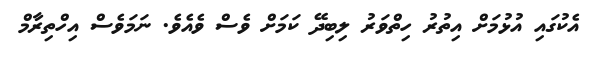
އެކުގައި އުޅުމަށް އިތުރު ހިތްވަރު ލިބިދޭ ކަމަށް ވެސް ވެއެވެ. ނަމަވެސް އިހްތިރާމް